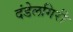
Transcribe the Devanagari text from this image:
दंडेलगिरी